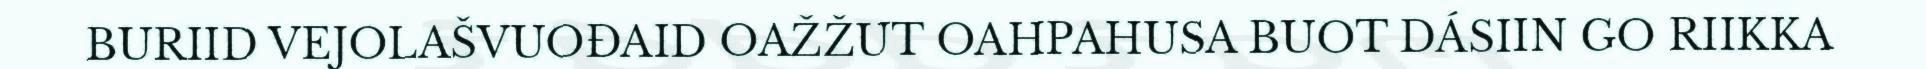
BURIID VEJOLAŠVUOĐAID OAŽŽUT OAHPAHUSA BUOT DÁSIIN GO RIIKKA